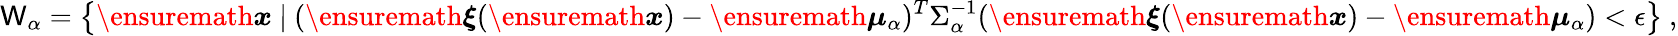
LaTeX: \mathsf{W}_{\alpha}=\left\{ \ensuremath{{\boldsymbol{{x}}}}\ |\ (\ensuremath{{\boldsymbol{\xi}}}(\ensuremath{{\boldsymbol{{x}}}})-\ensuremath{{\boldsymbol{\mu}}}_{\alpha})^{T}\Sigma_{\alpha}^{-1}(\ensuremath{{\boldsymbol{\xi}}}(\ensuremath{{\boldsymbol{{x}}}})-\ensuremath{{\boldsymbol{\mu}}}_{\alpha})<\epsilon\right\} \ ,